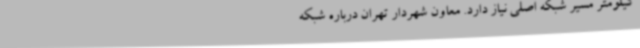
کیلومتر مسیر شبکه اصلی نیاز دارد. معاون شهردار تهران درباره شبکه‌